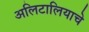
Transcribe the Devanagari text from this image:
अलिटालियाचे